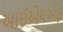
આઈએચએફ